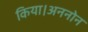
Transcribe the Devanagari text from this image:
किया।अननोन